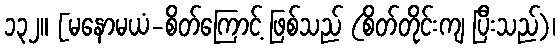
၁၃၂။ [မနောမယံ-စိတ်ကြောင့် ဖြစ်သည် (စိတ်တိုင်းကျ ပြီးသည်)၊